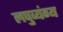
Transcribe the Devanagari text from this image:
लघुव्यंग्य